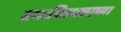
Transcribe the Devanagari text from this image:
समाधिस्थळाच्या